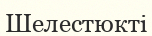
Шелестюкті